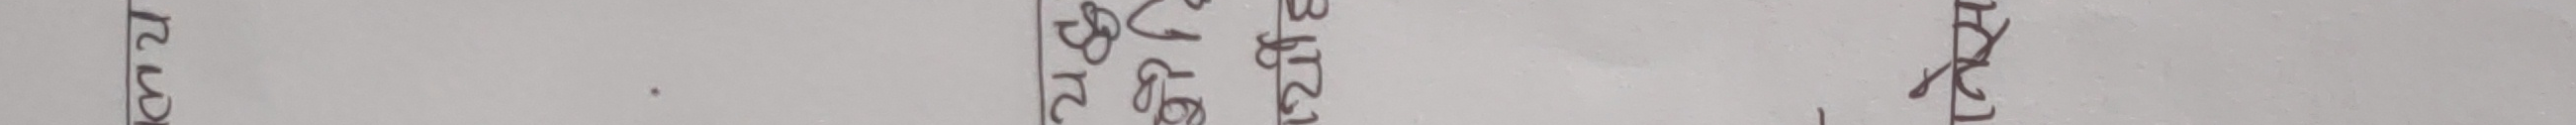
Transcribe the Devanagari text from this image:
भएका छन् ।